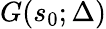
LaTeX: G(s_{0};\Delta)